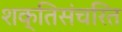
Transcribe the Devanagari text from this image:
शक्तिसंचरित